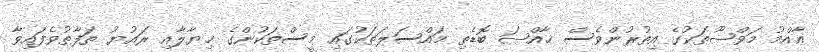
ޢާއްމު މަވްޟޫތަކުގެ އިތުރުންވެސް ޚާއްޞަ ބޮޑެތި މައްސަލަތަކުގައި މީސްތަކުންގެ ޚިޔާލާއި ރައުޔު ތަފާތުވެފައިވާ